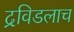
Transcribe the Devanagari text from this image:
द्रविडलाच